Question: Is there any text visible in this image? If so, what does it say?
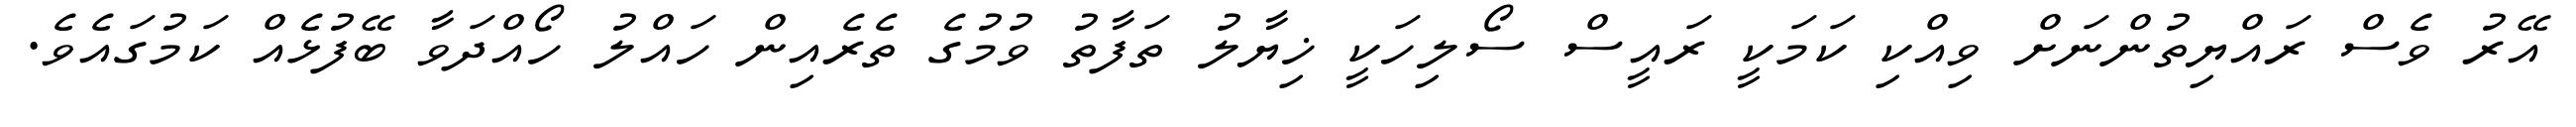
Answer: އޭރު ވެސް ރައްޔިތުންނަށް ވިއްކި ކަމަކީ ރައީސް ސޯލިހަކީ ޚިޔާލު ތަފާތު ވުމުގެ ތެރެއިން ހައްލު ހޯއްދަވާ ބޭފުޅެއް ކަމުގައެވެ.